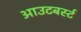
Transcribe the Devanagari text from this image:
आउटबर्स्ट